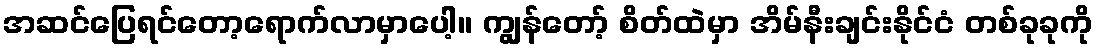
အဆင်ပြေရင်တော့ရောက်လာမှာပေါ့။ ကျွန်တော့် စိတ်ထဲမှာ အိမ်နီးချင်းနိုင်ငံ တစ်ခုခုကို